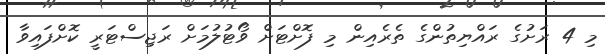
މި 4 ރަށުގެ ރައްޔިތުންގެ ތެރެއިން މި ފޮށްޓަށް ވޯޓުލުމަށް ރަޖިސްޓަރީ ކޮށްފައިވާ